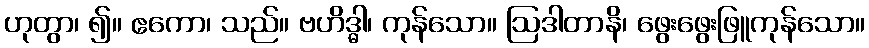
ဟုတွာ၊ ၍။ ဧကော၊ သည်။ ဗဟိဒ္ဓါ၊ ကုန်သော။ ဩဒါတာနိ၊ ဖွေးဖွေးဖြူကုန်သော။